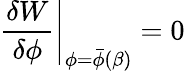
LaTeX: \left.{\frac{\delta W}{\delta\phi}}\right|_{\phi=\bar{\phi}(\beta)}=0